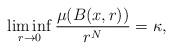
LaTeX: \begin{align*}\liminf_{r\rightarrow0}\frac{\mu(B(x,r))}{r^N}=\kappa,\end{align*}